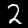
Label: 2